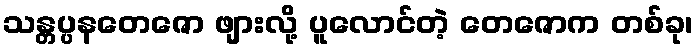
သန္တပ္ပနတေဇော ဖျားလို့ ပူလောင်တဲ့ တေဇောက တစ်ခု၊